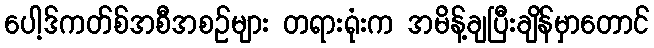
ပေါ့ဒ်ကတ်စ်အစီအစဉ်များ တရားရုံးက အမိန့်ချပြီးချိန်မှာတောင်